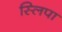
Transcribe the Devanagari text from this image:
स्लिपा